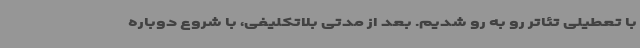
با تعطیلی تئاتر رو به رو شدیم. بعد از مدتی بلاتکلیفی، با شروع دوباره